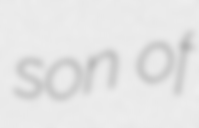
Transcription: son of